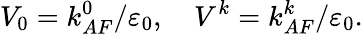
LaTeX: V_{0}=k_{AF}^{0}/\varepsilon_{0},\quad V^{k}=k_{AF}^{k}/\varepsilon_{0}.